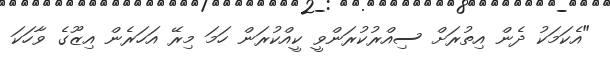
"އެކަމަކު ދެން އިތުރަށް ސިއްރުކުރަންވީ ކީއްކުރަން ހަމަ މިރޭ އަހަރެން އިޒޫގެ ވާހަކަ